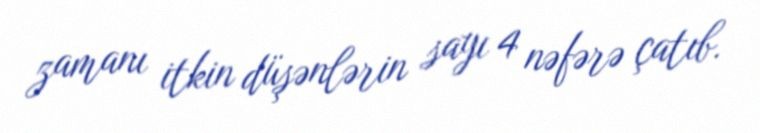
zamanı itkin düşənlərin sayı 4 nəfərə çatıb.